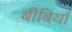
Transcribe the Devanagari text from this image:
बीबियाँ